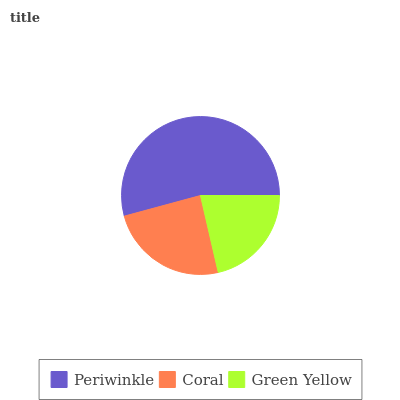
| Periwinkle | Coral | Green Yellow |
 | --- | --- | --- |
 | 54.3% | 24.4% | 21.3% |